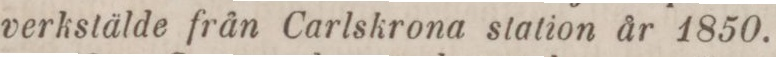
verkstälde från Carlskrona station år 1850.